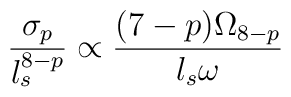
\frac{\sigma_p}{l_s^{8-p}}\propto \frac{(7-p)\Omega_{8-p}}{ l_s\omega}